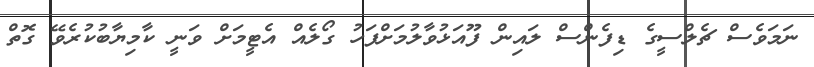
ނަމަވެސް ޗެލްސީގެ ޑިފެންސް ލައިން ފޫއަޅުވާލުމަށްފަހު ގޯލެއް އެޓީމަށް ވަނީ ކާމިޔާބުކުރެވޭ ގޮތް